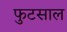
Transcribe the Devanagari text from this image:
फुटसाल